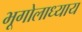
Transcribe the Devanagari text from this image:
भूगोलाध्याय